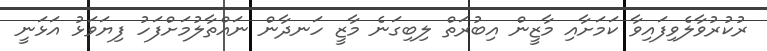
ރުކުރުވާލެވިފައިވާ ކަމަށާއި މާޒީން އިބުރަތް ލިބިގަނެ މާޒީ ހަނދާން ނައްތާލުމަށްފަހު ފިޔަވަޅު އަޅަނީ